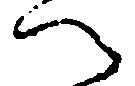
へ